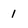
Character: l